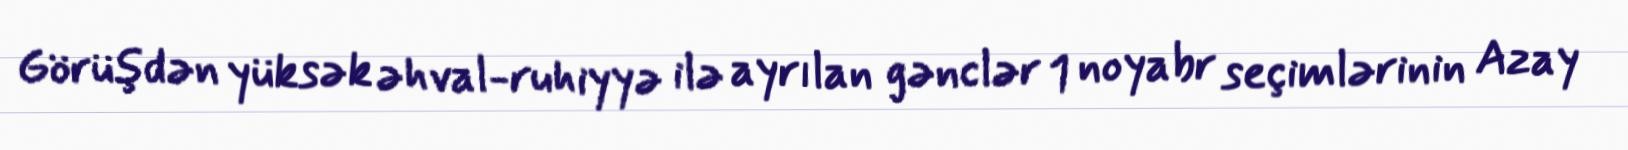
Görüşdən yüksək əhval-ruhiyyə ilə ayrılan gənclər 1 noyabr seçimlərinin Azay